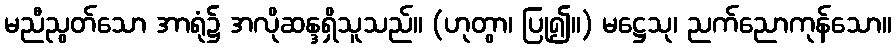
မညီညွတ်သော အာရုံ၌ အလိုဆန္ဒရှိသူသည်။ (ဟုတွာ၊ ပြု၍။) မဋ္ဌေသု၊ ညက်ညောကုန်သော။